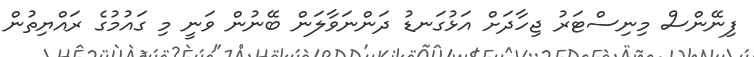
ފިނޭންސް މިނިސްޓަރު ޖިހާދަށް އަޅުގަނޑު ދަންނަވާލަން ބޭނުން ވަނީ މި ގައުމުގެ ރައްޔިތުން